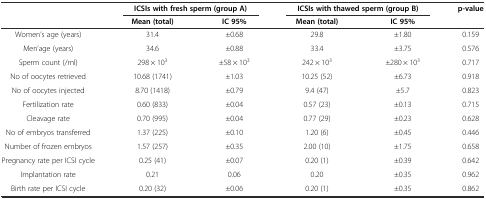
<table><thead><tr><td></td><td colspan="2"><b>ICSIs with fresh sperm (group A)</b></td><td colspan="2"><b>ICSIs with thawed sperm (group B)</b></td><td><b>p-value</b></td></tr><tr><td></td><td><b>Mean (total)</b></td><td><b>IC 95%</b></td><td><b>Mean (total)</b></td><td><b>IC 95%</b></td><td></td></tr></thead><tbody><tr><td>Women’s age (years)</td><td>31.4</td><td>±0.68</td><td>29.8</td><td>±1.80</td><td>0.159</td></tr><tr><td>Men’age (years)</td><td>34.6</td><td>±0.88</td><td>33.4</td><td>±3.75</td><td>0.576</td></tr><tr><td>Sperm count (/ml)</td><td>298 × 10<sup>3</sup></td><td>±58 × 10<sup>3</sup></td><td>242 × 10<sup>3</sup></td><td>±280 × 10<sup>3</sup></td><td>0.717</td></tr><tr><td>No of oocytes retrieved</td><td>10.68 (1741)</td><td>±1.03</td><td>10.25 (52)</td><td>±6.73</td><td>0.918</td></tr><tr><td>No of oocytes injected</td><td>8.70 (1418)</td><td>±0.79</td><td>9.4 (47)</td><td>±5.7</td><td>0.823</td></tr><tr><td>Fertilization rate</td><td>0.60 (833)</td><td>±0.04</td><td>0.57 (23)</td><td>±0.13</td><td>0.715</td></tr><tr><td>Cleavage rate</td><td>0.70 (995)</td><td>±0.04</td><td>0.77 (29)</td><td>±0.23</td><td>0.628</td></tr><tr><td>No of embryos transferred</td><td>1.37 (225)</td><td>±0.10</td><td>1.20 (6)</td><td>±0.45</td><td>0.446</td></tr><tr><td>Number of frozen embryos</td><td>1.57 (257)</td><td>±0.35</td><td>2.00 (10)</td><td>±1.75</td><td>0.658</td></tr><tr><td>Pregnancy rate per ICSI cycle</td><td>0.25 (41)</td><td>±0.07</td><td>0.20 (1)</td><td>±0.39</td><td>0.642</td></tr><tr><td>Implantation rate</td><td>0.21</td><td>0.06</td><td>0.20</td><td>±0.35</td><td>0.962</td></tr><tr><td>Birth rate per ICSI cycle</td><td>0.20 (32)</td><td>±0.06</td><td>0.20 (1)</td><td>±0.35</td><td>0.862</td></tr></tbody></table>